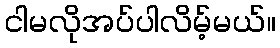
ငါမလိုအပ်ပါလိမ့်မယ်။